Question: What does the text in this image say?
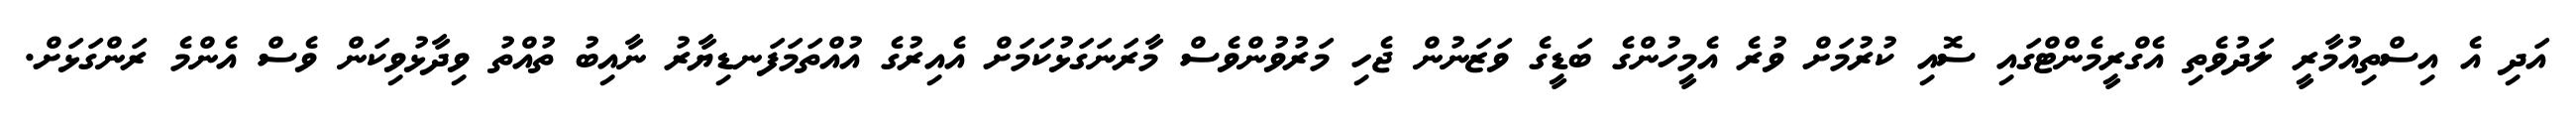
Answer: އަދި އެ އިސްތިއުމާރީ ލަދުވެތި އެގްރީމެންޓްގައި ސޮއި ކުރުމަށް ވުރެ އެމީހުންގެ ބަޑީގެ ވަޒަނުން ޖެހި މަރުވުންވެސް މާރަނަގަޅުކަމަށް އެއިރުގެ އުއްތަމަފަނޑިޔާރު ނާއިބު ތުއްތު ވިދާޅުވިކަން ވެސް އެންމެ ރަންގަޅަށް.